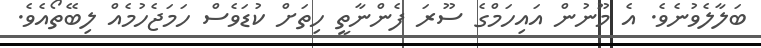
ބަލާލެވުނެވެ. އެ މޫނުން އައިހަމްގެ ސޫރަ ފެންނާތީ ހިތަށް ކުޑަވެސް ހަމަޖެހުމެއް ލިބޭތޯއެވެ.